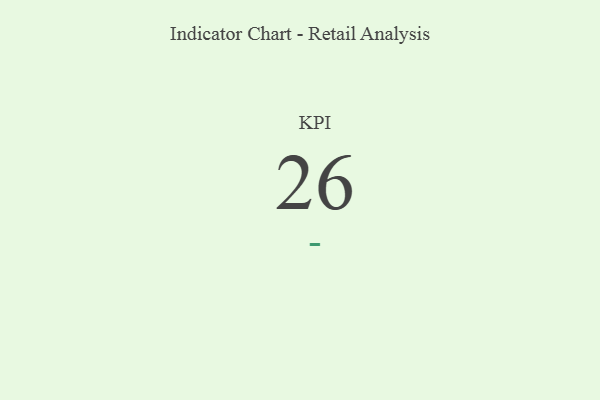
{"axis": {"x": "KPI", "y": "Value"}, "legend": [""], "data": [{"x": "KPI", "y": 26, "type": ""}]}